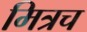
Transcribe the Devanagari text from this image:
मित्रच